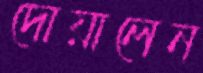
দোয়ালেন